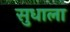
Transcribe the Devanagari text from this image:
सुधाला